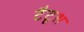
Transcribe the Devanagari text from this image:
टैटूश